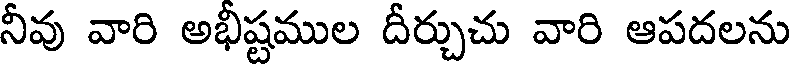
నీవు వారి అభీష్టముల దీర్చుచు వారి ఆపదలను